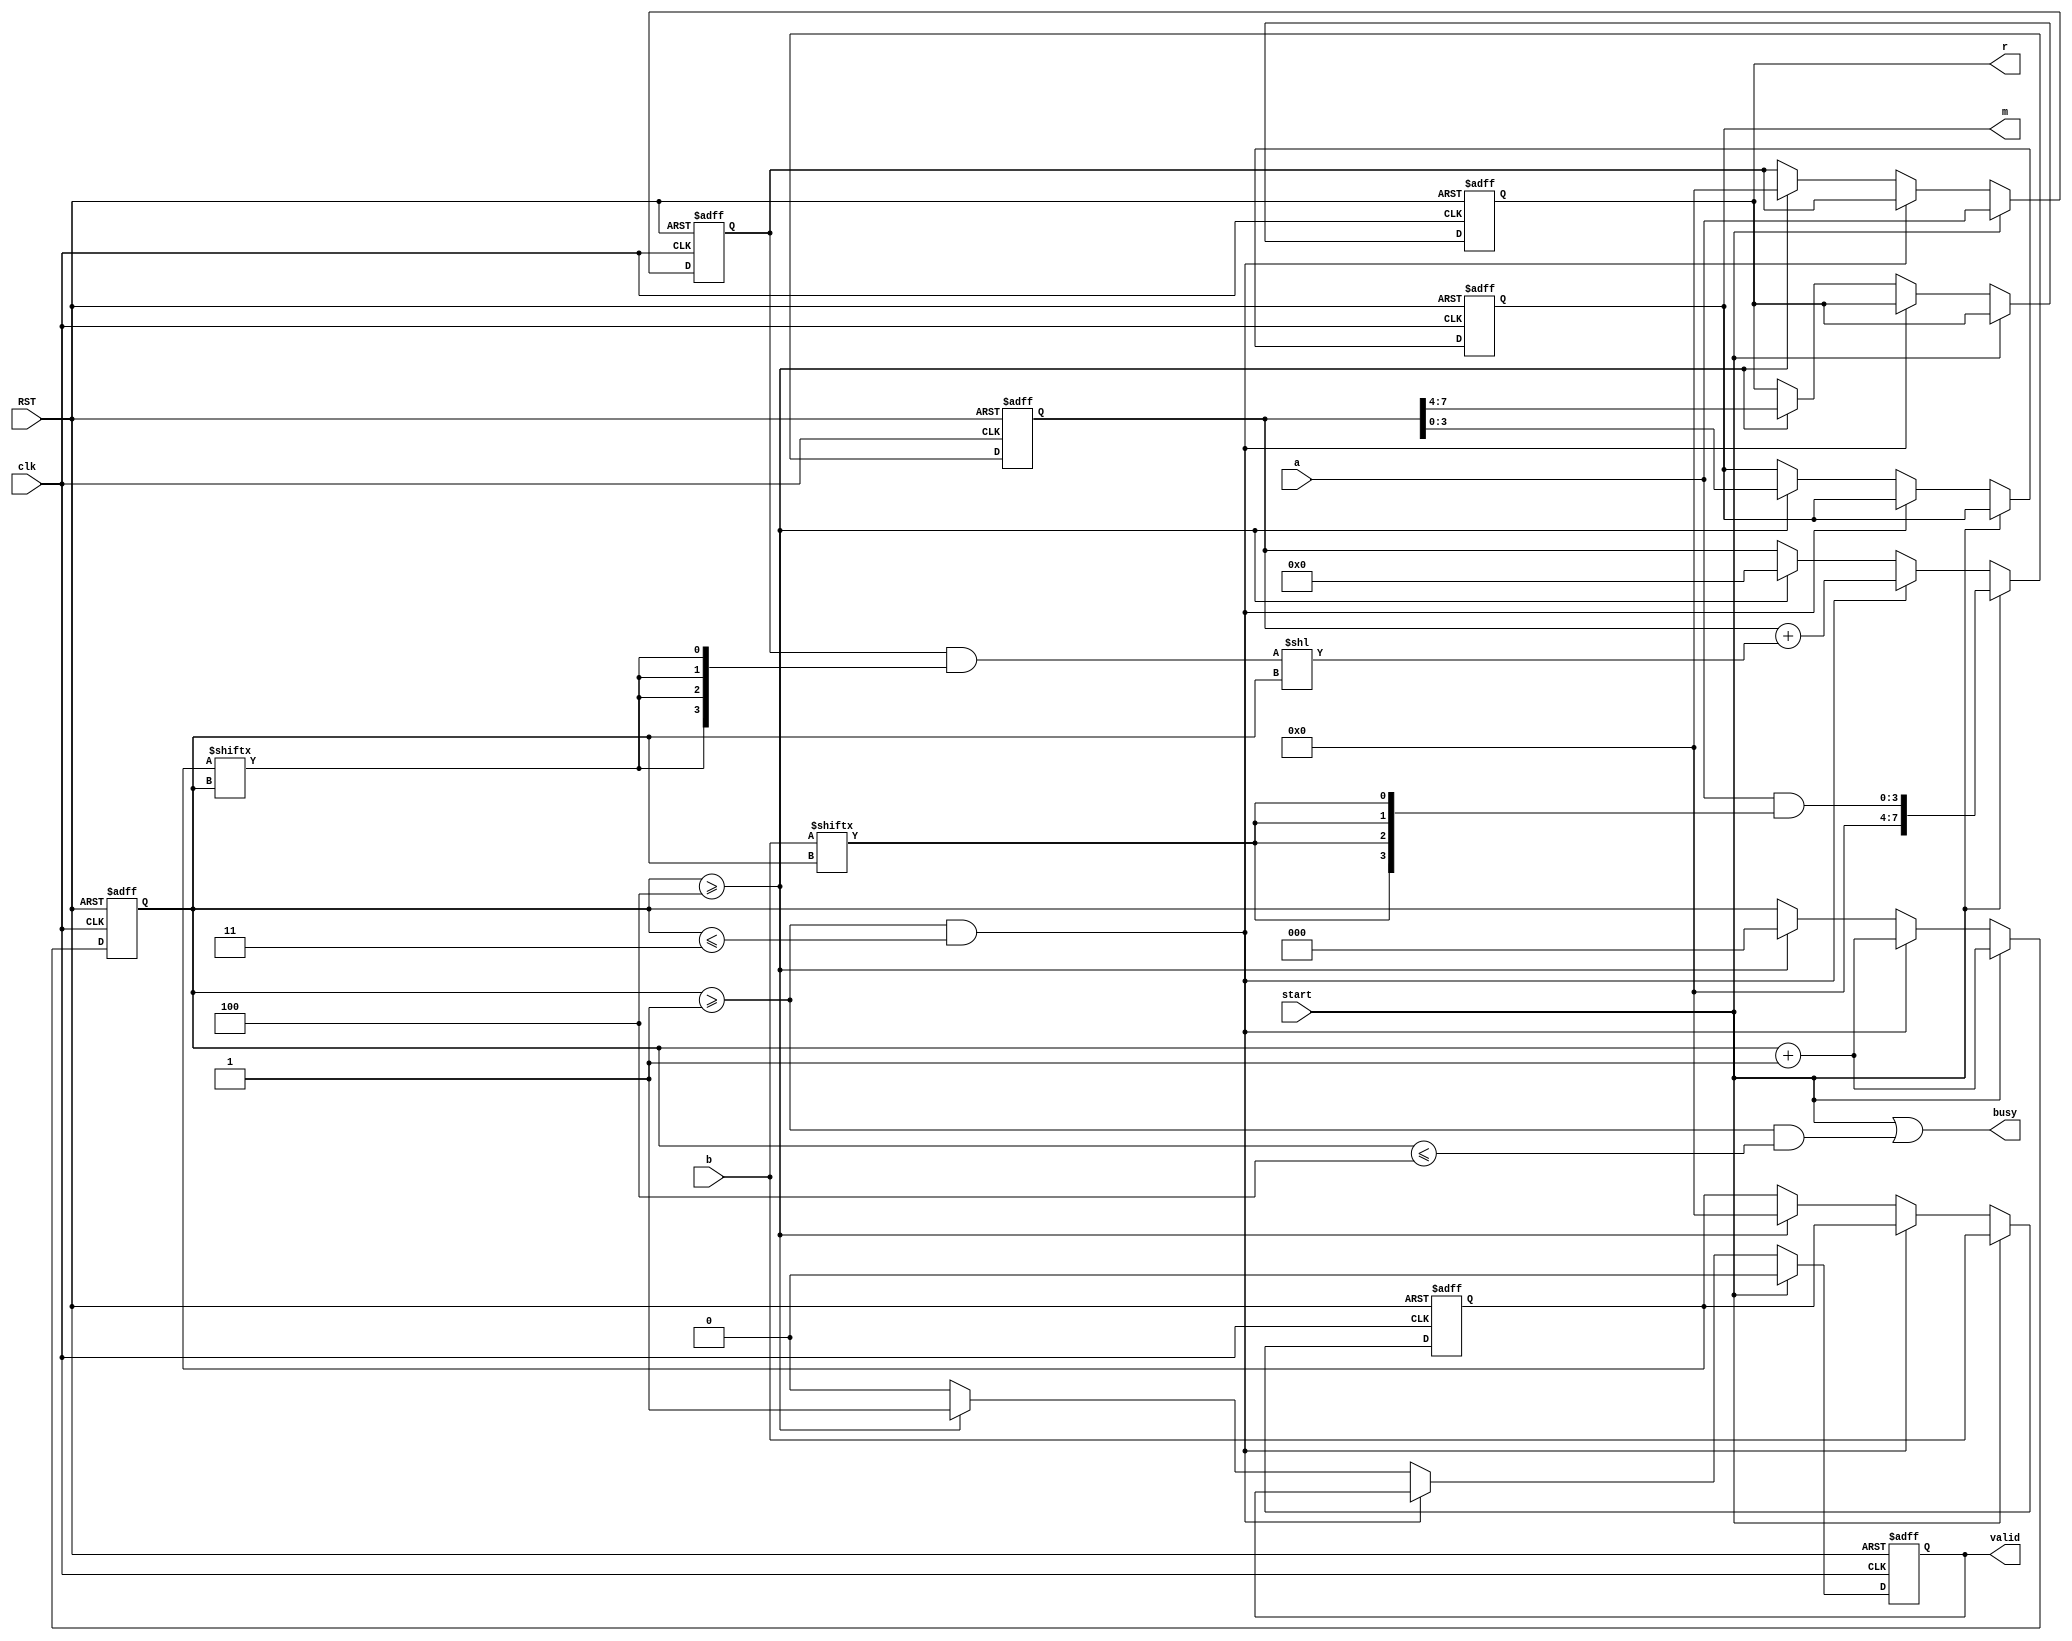
module seq_multiplier #(parameter N=4)(
	input wire					[N-1:0]				a,b,
	input wire												clk, RST, start,				
	output reg					[N-1:0]				m,r,
	output wire												busy, valid
);

	reg					[$clog2(N):0]					counter ;
	reg					[(2*N)-1:0]					result ;
	reg					[N-1:0]							a_reg,b_reg ;
	reg															valid_reg ;
	
	assign busy=(start | ((counter>='b1)&(counter<=N))) ;
	assign valid=valid_reg ;
	
always@(posedge clk or negedge RST)
	begin
		if(!RST)
			begin
				counter<='b0 ;
				result<='b0 ;
				a_reg<='b0 ;
				b_reg<='b0 ;
				valid_reg<=1'b0 ;
				m<='b0 ;
				r<='b0 ;
			end
		else if(start)
			begin
				valid_reg<=1'b0 ;
				counter<=counter+1'b1 ;
				a_reg<=a ;
				b_reg<=b ;
				result<=a & {N{b[counter]}} ;				
			end
		else if((counter>='b1)&(counter<=(N-1)))
			begin
				counter<=counter+1'b1 ;
				result<=result+((a_reg & {N{b_reg[counter]}})<<(counter)) ;
			end
		else if(counter>=N)
			begin
				m<=result[N-1:0] ;
				r<=result[(2*N)-1:N] ;
				valid_reg<=1'b1 ;
				counter<='b0 ;
				result<='b0 ;
				a_reg<='b0 ;
				b_reg<='b0 ;
			end
		else
			begin
				valid_reg<=1'b0 ;
			end
	end

endmodule